Vaccination in Burma 1912-1922 - 1912-1922
Year: 1912
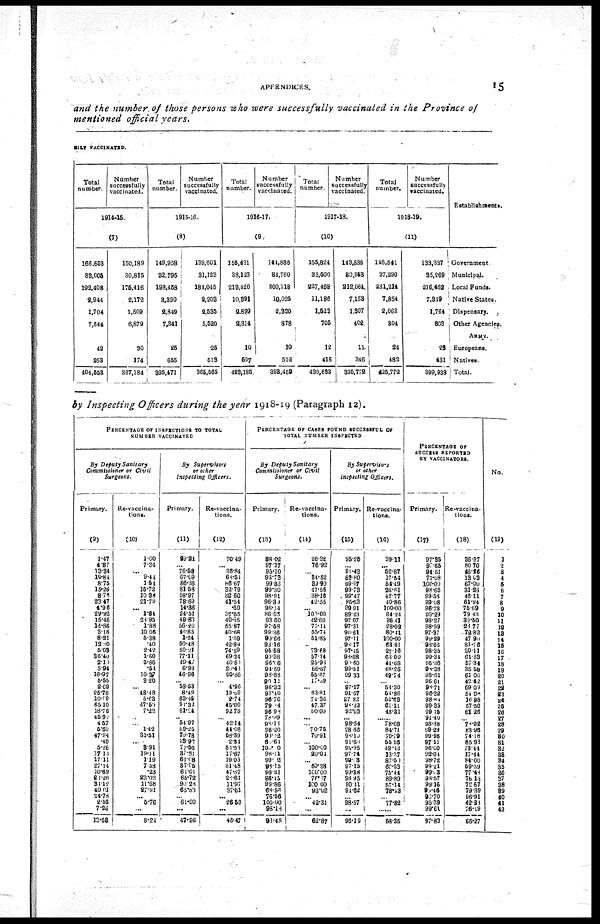
APPENDICES.
15
and the number of those persons who were successfully vaccinated in the Province of
mentioned official years.
RILY VACCINATED.
Total
number.
Number
successfully
vaccinated.
1914-15.
(7)
166,653
33,005
192,408
2,944
1,704
7,544
42
253
404,558
150,189
30,815
175,416
2,172
1,509
6,879
30
174
367,184
Total
number.
Number
successfully
vaccinated.
1915-16.
(8)
149,958
32,795
198,458
3,390
2,849
7,341
25
655
395,471
139,601
31,123
184,045
2,203
2,535
5,520
25
513
365,565
Total
number.
Number
successfully
vaccinated.
1916-17.
(9)
155,431
38,123
213,420
10,391
2,899
2,314
10
597
423,185
144,836
34,760
200,118
10,025
2,320
878
10
512
398,459
Total
number.
Number
Successfully
vaccinated.
1917-18.
(10)
155,824
33,500
227,468
11,186
1,523
705
12
415
430,633
143,536
80,953
212,064
7,153
1,307
402
11
346
895,772
Total
number.
Number
successfully
vaccinated.
1918-19.
(11)
146,541
37,290
231,214
7,854
2,063
804
24
482
425,772
138,337
35,269
216,462
7,819
1,764
303
28
431
899,938
Establishments.
Government
Municipal.
Local Funds.
Native States.
Dispensary.
Other Agencies.
ARMY.
Europeans.
Natives.
Total.
by Inspecting Officers during the year 1918-19 (Paragraph 12).
PERCENTAGE OF INSPECTIONS TO TOTAL
NUMBER VACCINATED
By Deputy Sanitary
Commissioner or Civil
Surgeons.
Primary.
(9)
1.47
4.87
13.34
10.84
8.75
15.26
8.76
23.47
4.96
29.92
15.46
14.86
3.18
8.21
12.30
5.03
36.40
2.10
5.94
16.97
5.55
2.69
25.78
10.99
65.10
18.76
46.92
4.57
5.50
47.94
.40
5.26
17.13
17.11
27.14
10.69
23.20
34.12
40.01
24.78
2.52
7.26
13.68
Re-vaccina-
tions.
(10)
1.00
7.34
... 9.44
1.54
15.72
10.38
21.79
... 1.84
23.95
1.88
10.06
5.38
.40
2.42
1.50
2.86
.54
10.37
3.20
... 48.48
5.63
47.59
7.23
...
...
1.42
31.51
.... 3.91
19.11
1.19
7.53
.23
23.02
11.68
27.91
... 5.76
...
8.24
By
Supervisors
or other
Inspecting Officers.
Primary.
(11)
89.21
... 76.58
67.69
86.36
81.58
58.97
78.69
14.36
24.51
19.81
56.20
40.85
1.24
50.48
50.21
77.11
49.41
6.93
46.96
... 58.53
8.49
63.45
91.32
81.24
... 54.97
69.25
79.78
33.92
77.56
37.81
61.08
37.85
64.01
65.72
90.23
65.83
... 61.00
...
47.96
Re-vaccina-
tions.
(12)
70.49
... 38.84
68.54
86.67
32.79
32.60
41.54
.50
37.55
40.35
55.87
40.68
1.59
42.89
74.59
69.24
40.50
20.43
20.86
...
4.96
19.69
2.74
45.00
92.78
...
42.14
44.06
58.39
2.24
51.53
17.67
19.05
31.48
47.87
28.61
11.97
37.61
... 26.50
...
46.47
PERCENTAGE OF CASES FOUND SUCCESSFUL OF
TOTAL NUMBER INSPECTED
By Deputy Sanitary
Commissioner or Civil
Surgeons.
Primary.
(13)
88.02
97.37
95.10
93.73
99.83
99.30
98.91
96.39
98.24
86.03
93.60
97.58
99.36
90.66
98.16
95.58
99.38
96.06
91.59
98.88
90.12
96.32
91.40
96.76
79.24
96.98
78.89
98.13
96.20
99.42
60.64
100.00
98.11
99.33
93.15
99.21
86.45
99.86
68.56
76.56
100.00
98.18
93.45
Re-vaccina-
tions.
(14)
26.32
76.92
...
34.52
89.90
47.56
38.16
42.55
... 100.00
42.69
77.14
65.74
61.85
... 73.68
57.14
25.98
66.67
55.67
17.39
... 63.81
74.36
47.37
50.00
...
...
70.75
70.91
...
100.00
20.04
... 60.38
100.00
76.17
100.00
93.02
... 42.31
...
62.87
By Supervisors
or other
Inspecting Officers.
Primary.
(15)
96.25
... 91.42
83.80
99.97
99.73
99.47
85.53
99.01
89.23
97.07
97.31
90.61
97.11
98.17
97.45
98.88
90.60
99.51
99.33
... 97.17
91.67
97.92
93.32
92.63
... 98.54
98.66
98.10
91.60
95.95
97.74
99.13
97.15
99.38
96.95
90.11
94.62
... 98.57
...
96.19
Re-vaccina-
tions.
(16)
39.11
... 52.87
17.54
54.49
26.61
42.77
40.86
100.00
34.24
36.41
28.02
80.41
100.00
63.81
27.16
63.00
44.68
48.25
49.74
... 54.30
54.86
52.63
61.11
48.31
...... 78.08
84.71
70.79
55.56
49.13
13.37
87.50
60.23
75.44
89.89
57.14
78.13
... 77.82
...
58.35
PERCENTAGE OF
SUCCESS REPORTED
BY VACCINATORS.
Primary.
(17)
97.35
97.65
94.51
77.08
100.00
98.65
99.53
99.08
96.78
93.29
98.27
98.99
97.37
99.29
93.62
98.35
99.34
95.36
98.38
98.61
96.61
98.71
96.32
98.81
99.35
99.15
91.40
98.38
99.29
99.96
97.11
96.60
92.04
98.72
99.21
99.33
98.57
99.16
93.46
93.70
95.39
99.61
97.83
Re-vaccina-
tions.
(18)
36.97
80.70
46.26
13.03
67.00
31.23
46.11
61.94
75.69
79.43
39.50
28.77
72.82
47.90
81.26
30.11
61.63
57.34
35.58
61.06
42.42
69.09
54.08
16.98
57.50
61.26
... 78.92
83.96
74.18
85.93
73.44
17.41
84.00
59.59
77.48
76.13
72.67
79.39
96.91
42.21
76.19
66.27
No.
(19)
1
2
3
4
5
6
7
8
9
10
11
12
13
14
15
16
17
18
19
20
21
22
23
24
25
26
27
28
29
30
31
32
33
34
35
36
37
38
39
40
41
42